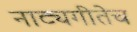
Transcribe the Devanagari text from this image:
नाट्यगीतेच